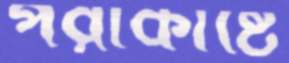
পরাকাষ্টে